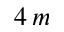
4 \, m